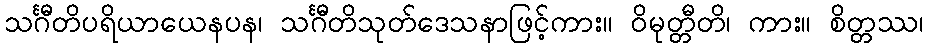
သင်္ဂီတိပရိယာယေနပန၊ သင်္ဂီတိသုတ်ဒေသနာဖြင့်ကား။ ဝိမုတ္တီတိ၊ ကား။ စိတ္တဿ၊